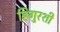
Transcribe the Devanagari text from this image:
हिगुरशी